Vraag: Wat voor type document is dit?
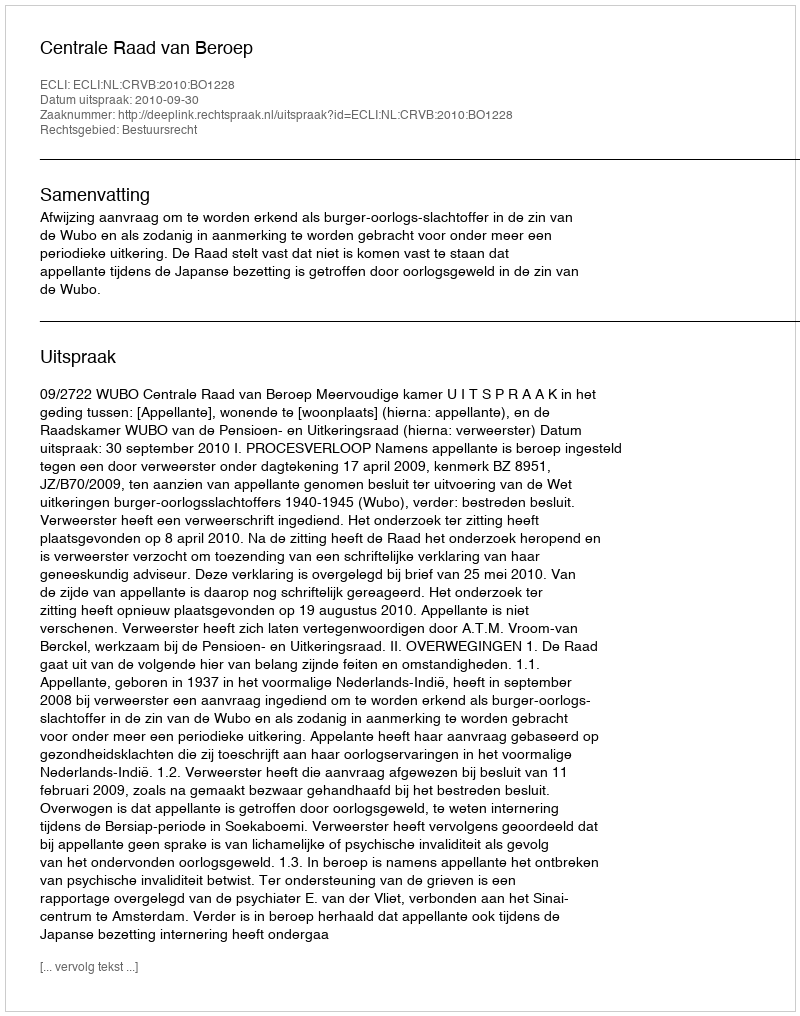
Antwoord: Uitspraak